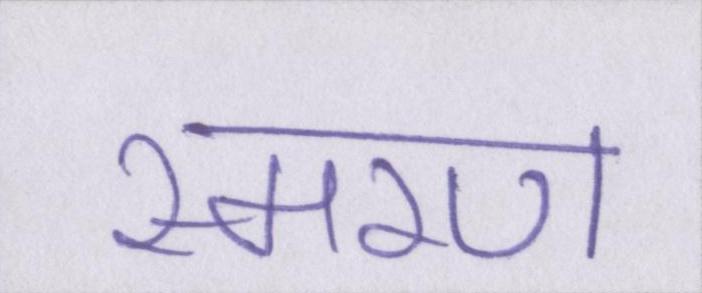
स्मरण